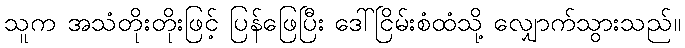
သူက အသံတိုးတိုးဖြင့် ပြန်ဖြေပြီး ဒေါ်ငြိမ်းစံထံသို့ လျှောက်သွားသည်။